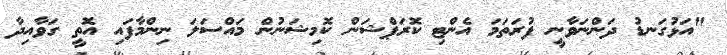
"އަޅުގަނޑު ދަންނަވާނީ ފުރަތަމަ އެންޓި ކޮރަޕްޝަން ކޮމިޝަނުން މައްސަލަ ނިންމާފައި އޮތީ ގަވާއިދާ